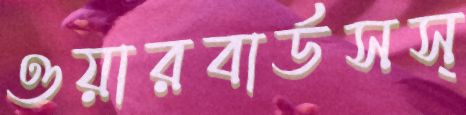
ওয়ারবার্ডসস্